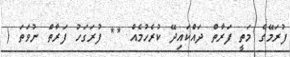
ފުރަމޭގެ މަތީ ފަރާތް ދައްކައިދޭ ކުރެހުމެއް ** ފުރަގަހު ފަރާތް ނުވަތަ (